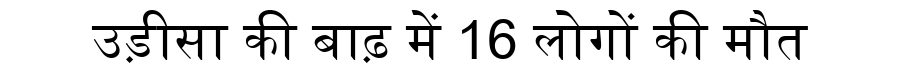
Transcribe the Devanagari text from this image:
उड़ीसा की बाढ़ में 16 लोगों की मौत